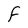
Character: F